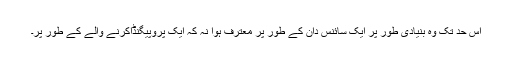
اس حد تک وہ بنیادی طور پر ایک سائنس دان کے طور پر معترف ہوا نہ کہ ایک پروپیگنڈاکرنے والے کے طور پر۔